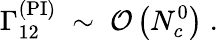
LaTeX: \Gamma_{12}^{\mathrm{(PI)}}\; \sim\; {\cal O}\left(N_{c}^{0}\right)\; .